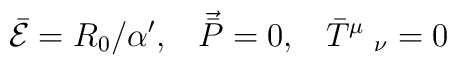
\bar{{\cal{E}}}=R_0/\alpha',\;\;\;\vec{\bar{P}}=0,\;\;\;\bar{T}^\mu\;_\nu=0